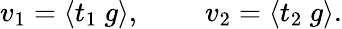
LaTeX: v_{1}=\langle t_{1}~g\rangle,~~~~~~~~~v_{2}=\langle t_{2}~g\rangle.